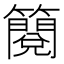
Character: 𮆬